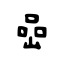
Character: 喦